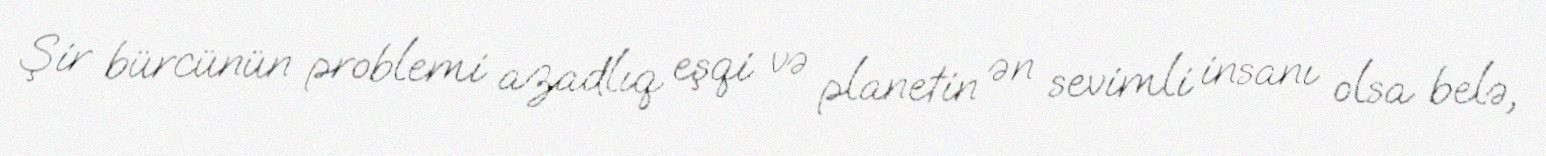
Şir bürcünün problemi azadlıq eşqi və planetin ən sevimli insanı olsa belə,